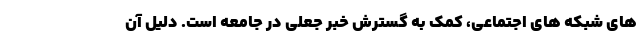
های شبکه های اجتماعی، کمک به گسترش خبر جعلی در جامعه است. دلیل آن